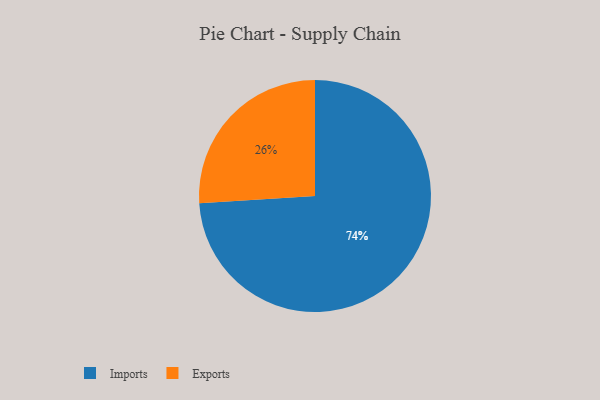
{"axis": {"x": "Category", "y": "Percentage"}, "legend": ["Exports", "Imports"], "data": [{"x": "Imports", "y": 74, "type": "Imports"}, {"x": "Exports", "y": 26, "type": "Exports"}]}